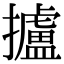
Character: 攎